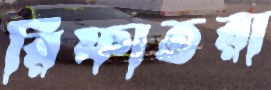
রিফাতরা